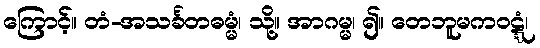
ကြောင့်။ တံ-အသင်္ခတဓမ္မံ၊ သို့။ အာဂမ္မ၊ ၍။ တေဘူမကဝဋ္ဋံ၊